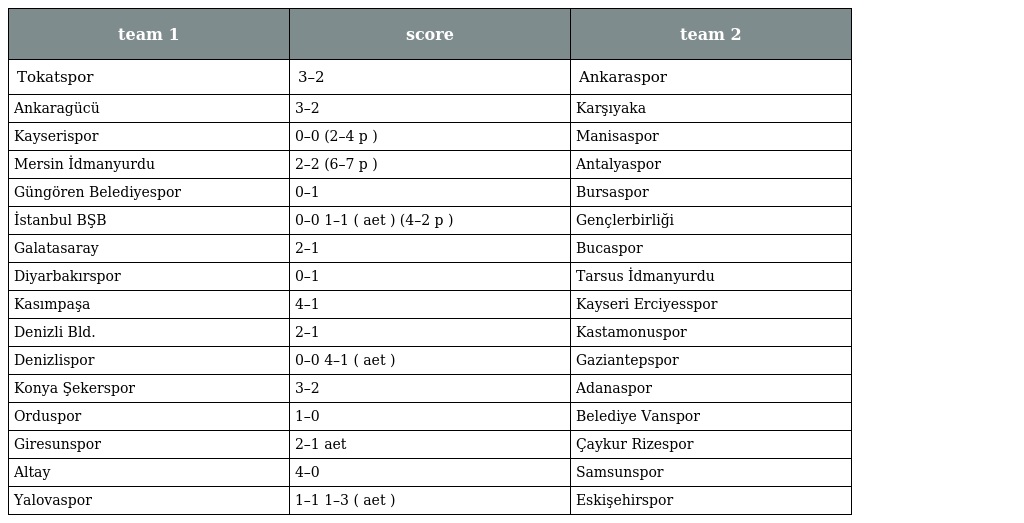
| team 1 | score | team 2 |
 | --- | --- | --- |
 | Tokatspor | 3–2 | Ankaraspor |
 | Ankaragücü | 3–2 | Karşıyaka |
 | Kayserispor | 0–0 (2–4 p ) | Manisaspor |
 | Mersin İdmanyurdu | 2–2 (6–7 p ) | Antalyaspor |
 | Güngören Belediyespor | 0–1 | Bursaspor |
 | İstanbul BŞB | 0–0 1–1 ( aet ) (4–2 p ) | Gençlerbirliği |
 | Galatasaray | 2–1 | Bucaspor |
 | Diyarbakırspor | 0–1 | Tarsus İdmanyurdu |
 | Kasımpaşa | 4–1 | Kayseri Erciyesspor |
 | Denizli Bld. | 2–1 | Kastamonuspor |
 | Denizlispor | 0–0 4–1 ( aet ) | Gaziantepspor |
 | Konya Şekerspor | 3–2 | Adanaspor |
 | Orduspor | 1–0 | Belediye Vanspor |
 | Giresunspor | 2–1 aet | Çaykur Rizespor |
 | Altay | 4–0 | Samsunspor |
 | Yalovaspor | 1–1 1–3 ( aet ) | Eskişehirspor |